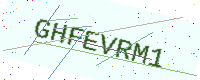
Text: GHFEVRM1